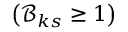
\left( \mathcal { B } _ { k s } \protect \geq 1 \right)